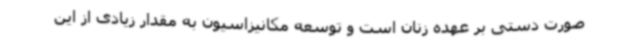
صورت دستی بر عهده زنان است و توسعه مکانیزاسیون به مقدار زیادی از این